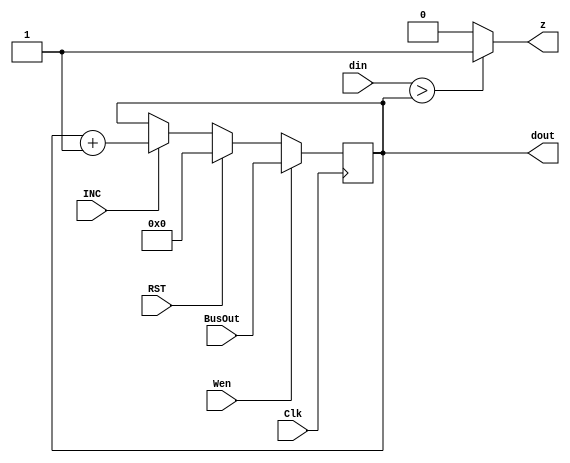
module Module_RegF(Wen, BusOut, Clk, RST, INC, din, dout, z);
  input Wen, Clk, RST, INC;
  input[7:0] BusOut, din;
  output reg z=1;
  output reg [7:0] dout = 8'd0;
  always @(dout)
	begin
		if(din > dout) z <=1;         //For MC and MV we can use the negation of Z
		else z <=0;
	end
  always @(posedge Clk)
    begin
        if      (Wen) dout <= BusOut;
        else if (RST) dout <= 8'd0;
        else if (INC) dout <= dout+1;
        else            dout <= dout;
      
    end
endmodule